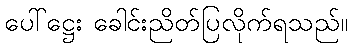
ပေါ်ဋ္ဌေး ခေါင်းညိတ်ပြလိုက်ရသည်။